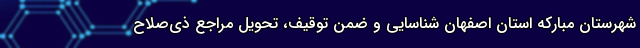
شهرستان مبارکه استان اصفهان شناسایی و ضمن توقیف، تحویل مراجع ذی‌صلاح